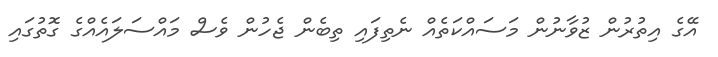
އޭގެ އިތުރުން ޒުވާނުން މަސައްކަތެއް ނެތިފައި ތިބެން ޖެހުން ވެސް މައްސަލައެއްގެ ގޮތުގައި